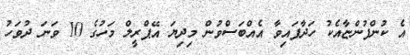
އެ ކުންފުންޏާއެކު ހަދާފައިވާ އެއްބަސްވުން މިދިޔަ އޭޕްރީލް މަހުގެ 10 ވަނަ ދުވަހު